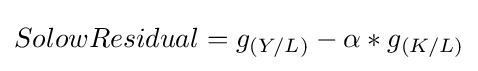
SolowResidual=g_{(Y/L)}-\alpha *g_{(K/L)}